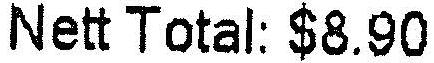
NETT TOTAL: $8.90